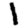
Digit: 1